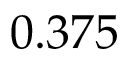
0 . 3 7 5